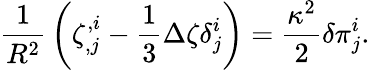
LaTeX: {\frac{1}{R^{2}}}\left(\zeta_{,j}^{,i}-{\frac{1}{3}}\Delta\zeta\delta_{j}^{i}\right)={\frac{\kappa^{2}}{2}}\delta\pi_{j}^{i}.